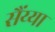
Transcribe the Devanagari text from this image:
सैंय्या